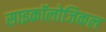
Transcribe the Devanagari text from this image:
साइकॉलोजिकल